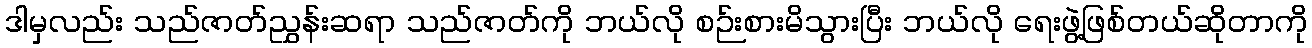
ဒါမှလည်း သည်ဇာတ်ညွှန်းဆရာ သည်ဇာတ်ကို ဘယ်လို စဉ်းစားမိသွားပြီး ဘယ်လို ရေးဖွဲ့ဖြစ်တယ်ဆိုတာကို